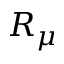
R _ { \mu }